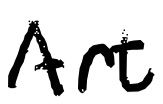
Text: Art
Cross-out: clean
Writing tool: digital_black